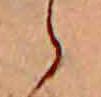
ゝ